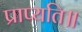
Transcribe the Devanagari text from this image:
प्राप्यति॥